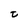
Character: t